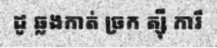
ដូ ឆ្លងកាត់ ច្រក ត្ស៊ឹ ការឹ